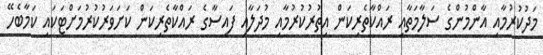
މަދުކުރުމާއި އާންމުންގެ ސަލާމަތާއި ރައްކާތެރިކަން އިތުރުކުރުމާއި މުދަލާއި ފައިސާގެ ރައްކާތެރިކަން ކަށަވަރުކުރުމަށްޓަކައި ކަމާބެހޭ